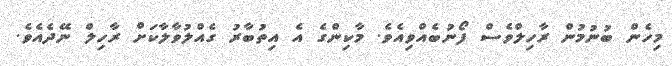
މިހެން ބުނުމުން ރާހިލްވެސް ފޯނުބެއްވިއެވެ. މާކިންގެ އެ އިތުބާރު ގެއްލުވާލާކަށް ރާހިލް ނޭދެއެވެ.